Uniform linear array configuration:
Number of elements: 4
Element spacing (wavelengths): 0.5
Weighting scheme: uniform
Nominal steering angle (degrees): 0
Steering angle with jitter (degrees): -1.463
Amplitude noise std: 0.05
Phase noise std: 0.05

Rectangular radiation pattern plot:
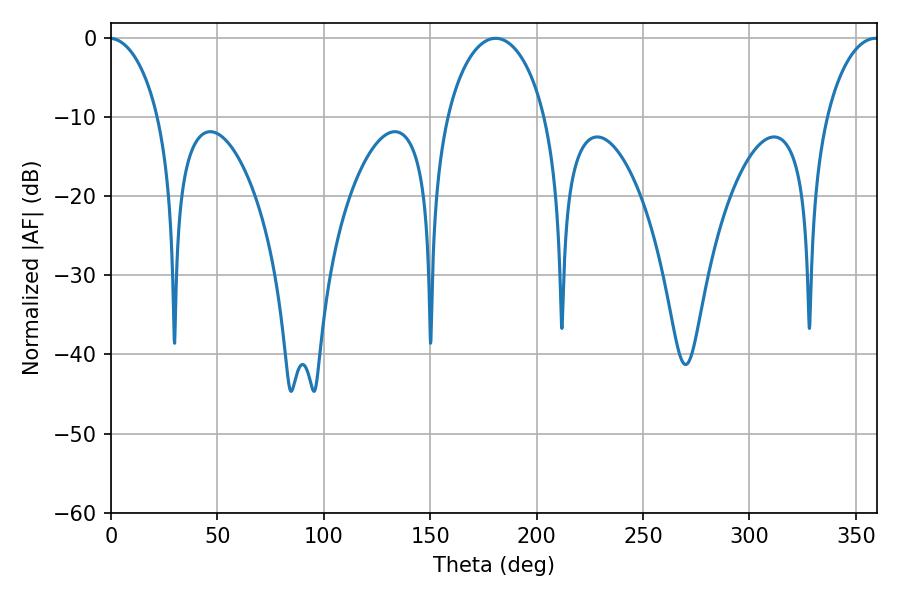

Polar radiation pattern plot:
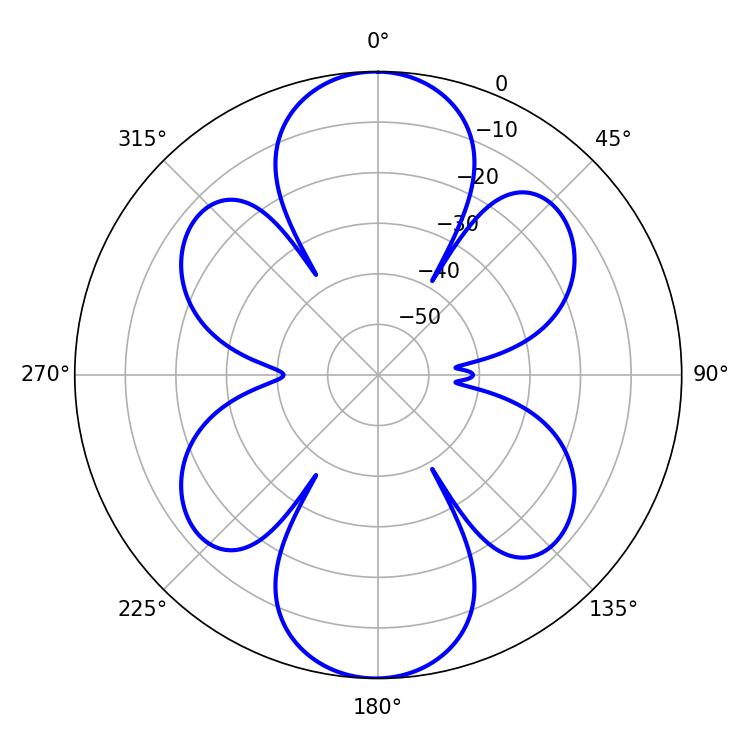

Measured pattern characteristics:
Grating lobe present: FALSE
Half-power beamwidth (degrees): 26.64
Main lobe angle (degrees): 180.72